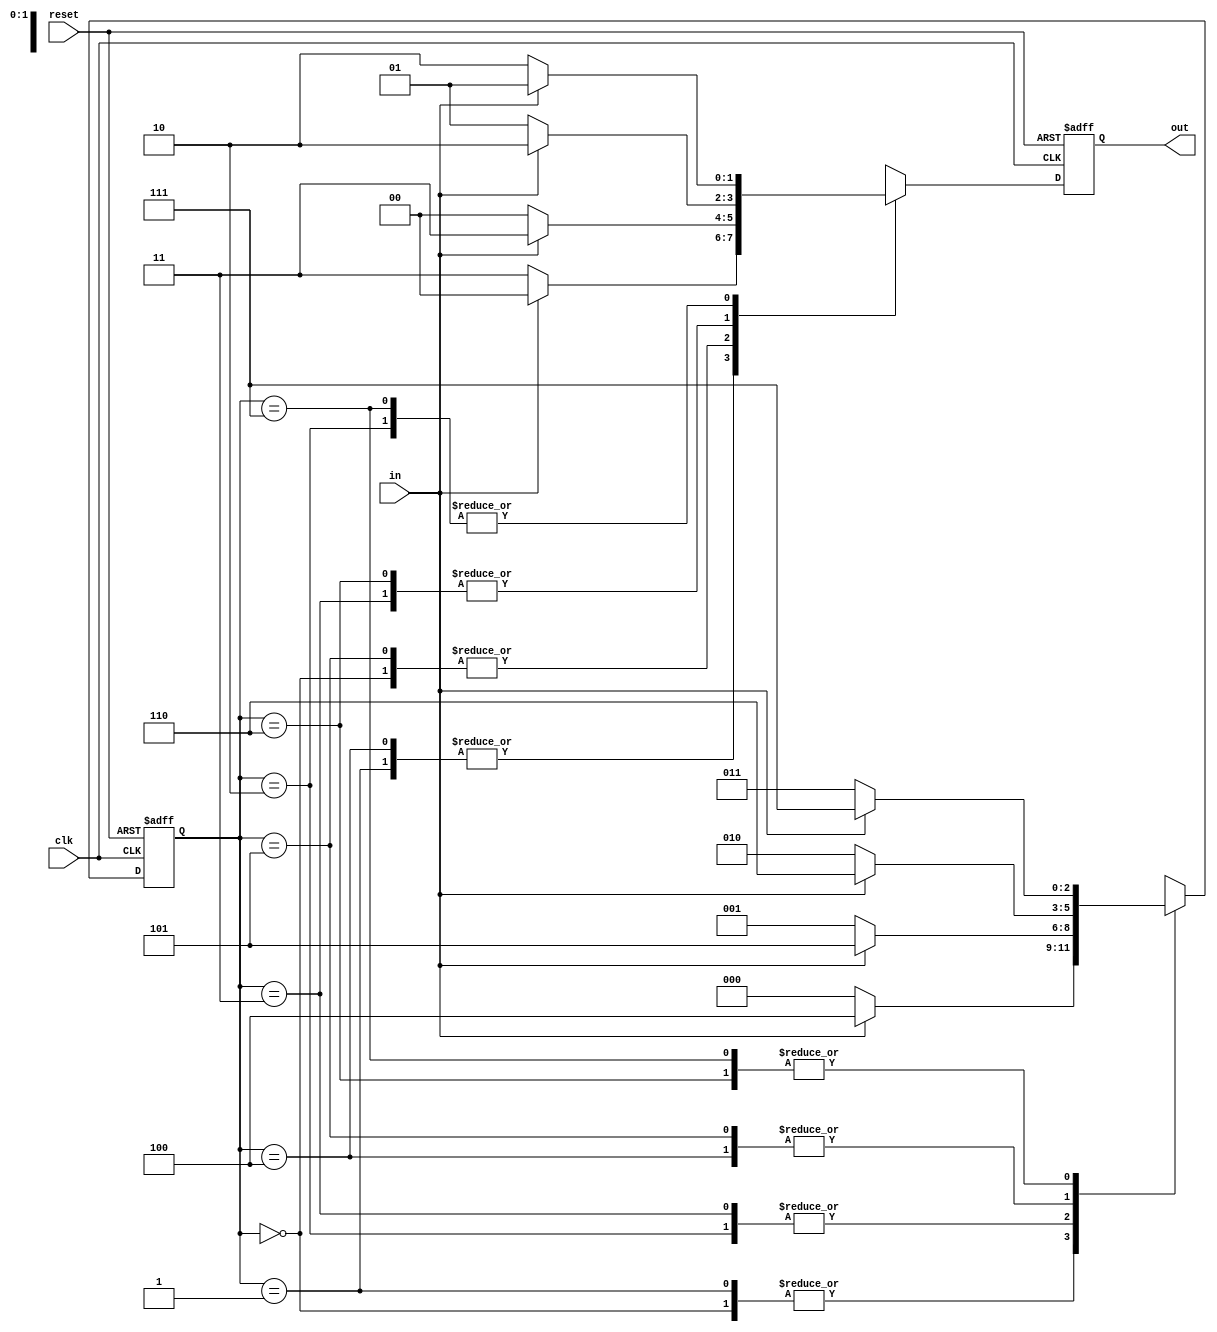
module convolutionencoder(in,out,reset,clk);
  
	input in,reset,clk;
	output reg[1:0] out;
  	reg [2:0] state;
	parameter s0=3'b000,s1=3'b001,s2=3'b010,s3=3'b011,s4=3'b100,s5=3'b101,s6=3'b110,s7=3'b111;
  
	always@(posedge clk,posedge reset)
	begin
		if(reset)
		begin
			state<=s0;
			out<=00;
		end
		else
		begin
			case(state)
			s0:begin
				if(in==0)
                begin
					out<=2'b00;
					state<=s0;
				end
				else begin
					out<=2'b11;
					state<=s4;
				end
			end
			s1:begin
				if(in==0) 
                begin
					out<=2'b11;
					state<=s0;
				end
				else begin
					out<=2'b00;
					state<=s4;
				end
			end
			s2:begin
				if(in==0) begin
					out<=2'b10;
					state<=s1;
				end
				else begin
					out<=2'b01;
					state<=s5;
				end
			end
			s3:begin
				if(in==0) begin
					out<=2'b01;
					state<=s1;
				end
				else begin
					out<=2'b10;
					state<=s5;
				end
			end
            s4:begin
				if(in==0)
                begin
					out<=2'b11;
					state<=s2;
				end
				else begin
					out<=2'b00;
					state<=s6;
				end
			end
			s5:begin
				if(in==0) 
                begin
					out<=2'b00;
					state<=s2;
				end
				else begin
					out<=2'b11;
					state<=s6;
				end
			end
			s6:begin
				if(in==0) begin
					out<=2'b01;
					state<=s3;
				end
				else begin
					out<=2'b10;
					state<=s7;
				end
			end
			s7:begin
				if(in==0) begin
					out<=2'b10;
					state<=s3;
				end
				else begin
					out<=2'b01;
					state<=s7;
				end
			end
			endcase
		end
	end
endmodule